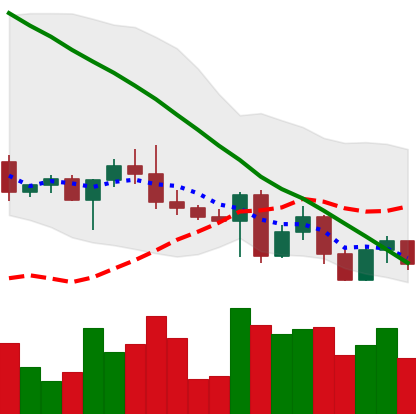
Ticker: ETH-USD
Chart end date: 2022-05-03
Forward return: -9.557%
Label: down_7plus